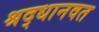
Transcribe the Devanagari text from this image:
श्रद्धानवत